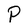
Character: P